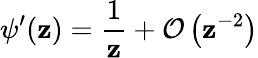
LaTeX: \psi^{\prime}(\mathbf{z})=\frac{{1}}{{\mathbf{z}}}+\mathcal{{O}}\left(\mathbf{z}^{-2}\right)